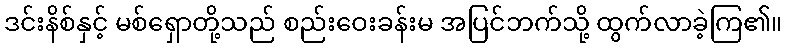
ဒင်းနိစ်နှင့် မစ်ရှောတို့သည် စည်းဝေးခန်းမ အပြင်ဘက်သို့ ထွက်လာခဲ့ကြ၏။